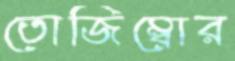
তোজিম্বোর